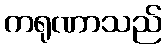
ကရုဏာသည်